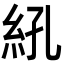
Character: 𬗆